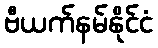
ဗီယက်နမ်နိုင်ငံ